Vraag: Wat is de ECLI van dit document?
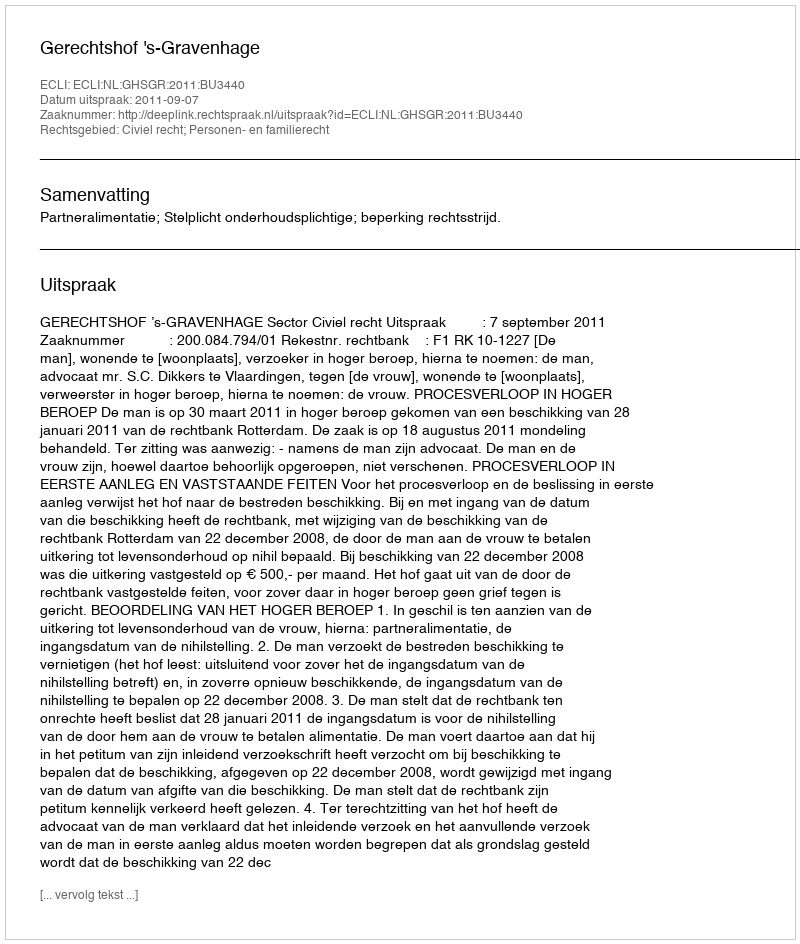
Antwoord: ECLI:NL:GHSGR:2011:BU3440